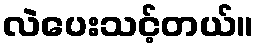
လဲပေးသင့်တယ်။